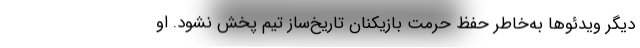
دیگر ویدئوها به‌خاطر حفظ حرمت بازیکنان تاریخ‌ساز تیم پخش نشود. او